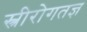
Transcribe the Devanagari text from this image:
स्त्रीरोगतज्ञ